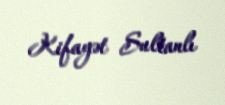
Kifayət Sultanlı